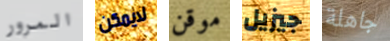
المرور لايمكن موقن جيزيل جاهلة